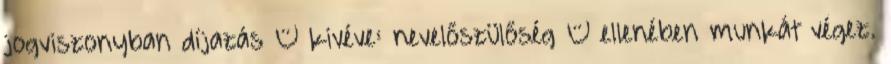
jogviszonyban díjazás – kivéve: nevelőszülőség – ellenében munkát végez.